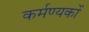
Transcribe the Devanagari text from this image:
कर्मण्यकों